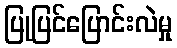
ပြုပြင်ပြောင်းလဲမှု